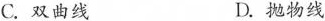
C.双曲线 D.抛物线